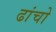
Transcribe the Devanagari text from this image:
ढांचो